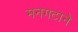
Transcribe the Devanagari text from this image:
मनगटाने